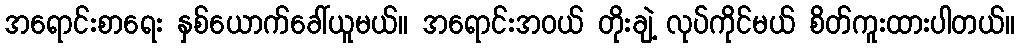
အရောင်းစာရေး နှစ်ယောက်ခေါ်ယူမယ်။ အရောင်းအဝယ် တိုးချဲ့ လုပ်ကိုင်မယ် စိတ်ကူးထားပါတယ်။